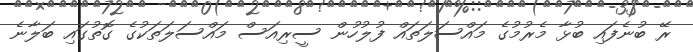
ރޭ ބުނެފައި ބުޅާ މެރުމުގެ މައްސަލަތައް ފުލުހުން ސީރިއަސް މައްސަލަތަކުގެ ގޮތުގައި ބަލާނެ